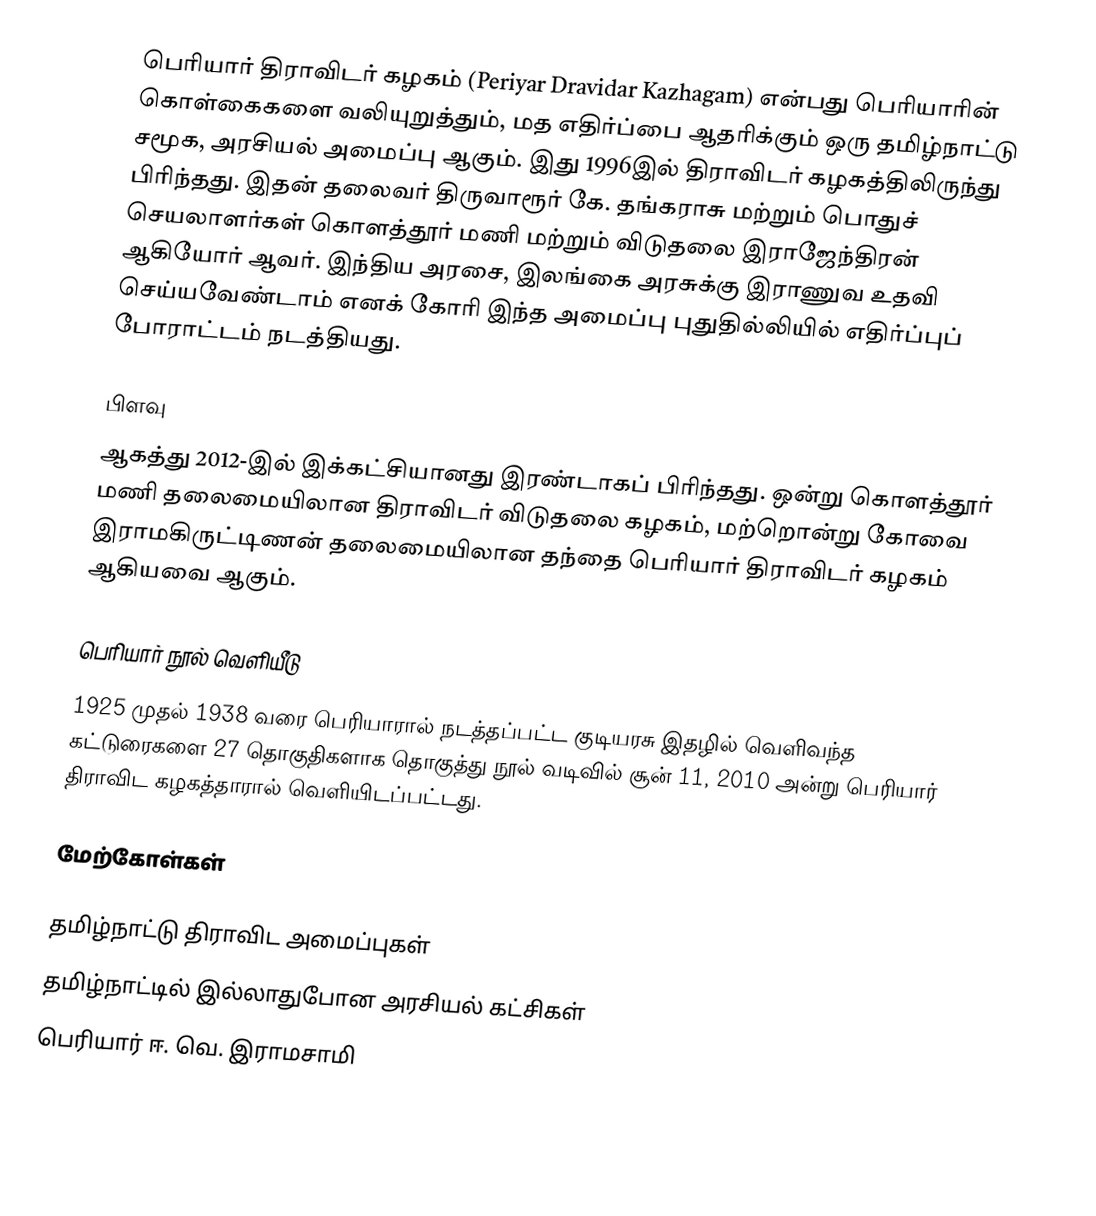
பெரியார் திராவிடர் கழகம் (Periyar Dravidar Kazhagam) என்பது பெரியாரின் கொள்கைகளை வலியுறுத்தும், மத எதிர்ப்பை ஆதரிக்கும் ஒரு தமிழ்நாட்டு சமூக, அரசியல் அமைப்பு ஆகும். இது 1996இல் திராவிடர் கழகத்திலிருந்து பிரிந்தது. இதன் தலைவர் திருவாரூர் கே. தங்கராசு மற்றும் பொதுச் செயலாளர்கள் கொளத்தூர் மணி மற்றும் விடுதலை இராஜேந்திரன் ஆகியோர் ஆவர். இந்திய அரசை, இலங்கை அரசுக்கு இராணுவ உதவி செய்யவேண்டாம் எனக் கோரி இந்த அமைப்பு புதுதில்லியில் எதிர்ப்புப் போராட்டம் நடத்தியது.

பிளவு
ஆகத்து 2012-இல் இக்கட்சியானது இரண்டாகப் பிரிந்தது. ஒன்று கொளத்தூர் மணி தலைமையிலான திராவிடர் விடுதலை கழகம், மற்றொன்று கோவை இராமகிருட்டிணன் தலைமையிலான தந்தை பெரியார் திராவிடர் கழகம் ஆகியவை ஆகும்.

பெரியார் நூல் வெளியீடு
1925 முதல் 1938 வரை பெரியாரால் நடத்தப்பட்ட குடியரசு இதழில் வெளிவந்த கட்டுரைகளை 27 தொகுதிகளாக தொகுத்து நூல் வடிவில் சூன் 11, 2010 அன்று பெரியார் திராவிட கழகத்தாரால் வெளியிடப்பட்டது.

மேற்கோள்கள்

தமிழ்நாட்டு திராவிட அமைப்புகள்
தமிழ்நாட்டில் இல்லாதுபோன அரசியல் கட்சிகள்
பெரியார் ஈ. வெ. இராமசாமி